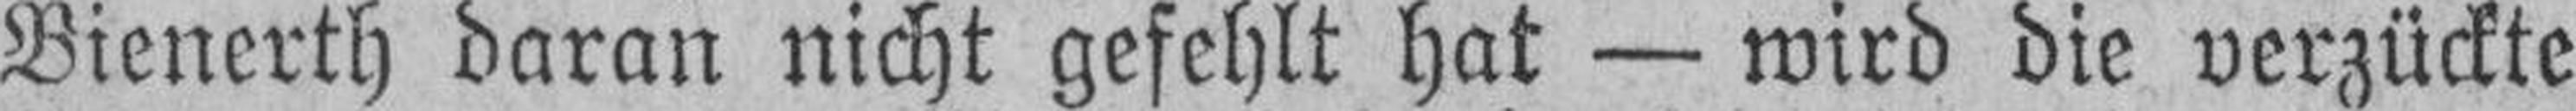
Bienerth daran nicht gefehlt hat — wird die verzückte